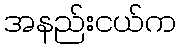
အနည်းငယ်က